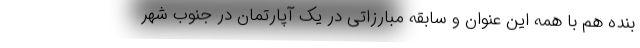
بنده هم با همه این عنوان و سابقه مبارزاتی در یک آپارتمان در جنوب شهر